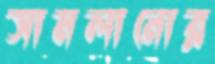
সামলানোর